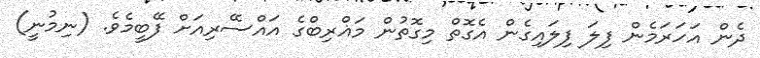
ދެން އަހަރަމެން ފިލަ ފިލައިގެން އެގޮތް މިގޮތުން މަޣްރިބްގެ އައްސޭރިއަށް ފޭބީމެވެ. (ނިމުނީ)